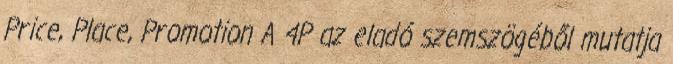
Price, Place, Promotion A 4P az eladó szemszögéből mutatja